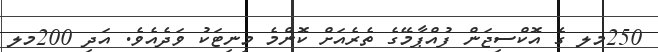
250މލ ގެ އޮކްސިޖަން ފުއްޕާމޭގެ ތެރެއަށް ކޮންމެ މިނިޓަކު ވަދެއެވެ. އަދި 200މލ